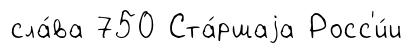
сла́ва 750 Ста́ршаjа Росс'и́и